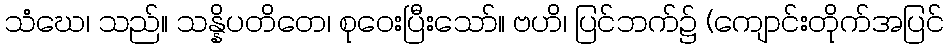
သံဃေ၊ သည်။ သန္နိပတိတေ၊ စုဝေးပြီးသော်။ ဗဟိ၊ ပြင်ဘက်၌ (ကျောင်းတိုက်အပြင်